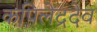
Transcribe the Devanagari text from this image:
कपिलेंद्रदेव